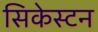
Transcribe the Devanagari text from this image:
सिकेस्टन